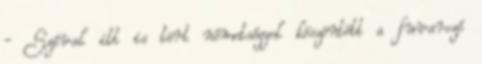
- Szóval itt is tört németséggel köszöntött a fuvarozó